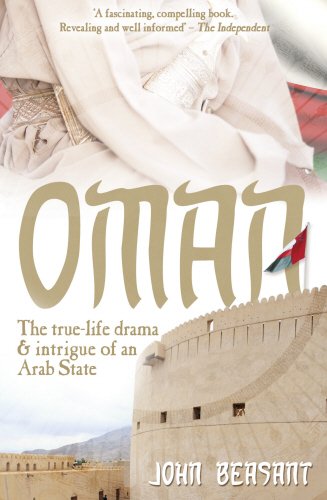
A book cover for Oman: The True-Life Drama and Intrigue of an Arab State; John Beasant; History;